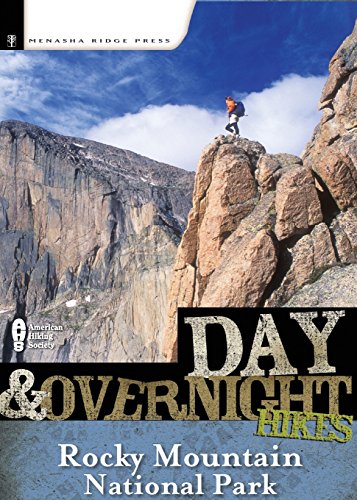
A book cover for Day and Overnight Hikes: Rocky Mountain National Park; Kim Lipker; Travel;